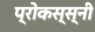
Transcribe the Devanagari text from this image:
प्रोकस्स्नी